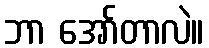
ဘာ အော်တာလဲ။